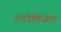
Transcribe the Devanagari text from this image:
रंदोमिज़ेद